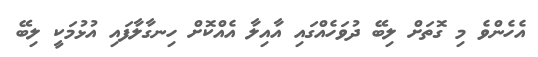
އެހެންވެ މި ގޮތަށް ލިބޭ ދުވަހެއްގައި އާއިލާ އެއްކޮށް ހިނގާލާފައި އުޅުމަކީ ލިބޭ